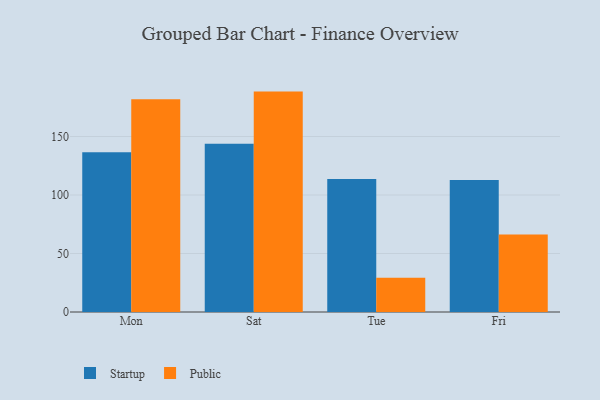
{"axis": {"x": "Day", "y": "Shipments"}, "legend": ["Public", "Startup"], "data": [{"x": "Mon", "y": 136.6, "type": "Startup"}, {"x": "Mon", "y": 181.9, "type": "Public"}, {"x": "Sat", "y": 143.9, "type": "Startup"}, {"x": "Sat", "y": 188.4, "type": "Public"}, {"x": "Tue", "y": 113.6, "type": "Startup"}, {"x": "Tue", "y": 29.2, "type": "Public"}, {"x": "Fri", "y": 112.9, "type": "Startup"}, {"x": "Fri", "y": 66.3, "type": "Public"}]}